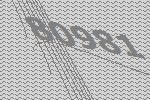
80981